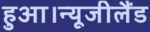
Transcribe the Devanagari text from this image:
हुआ।न्यूजीलैंड